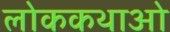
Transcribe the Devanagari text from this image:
लोककथाओ